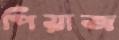
পিয়াজ